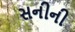
સનીની